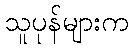
သူပုန်များက